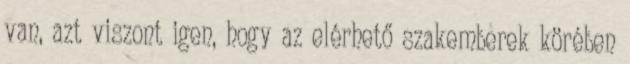
van, azt viszont igen, hogy az elérhető szakemberek körében